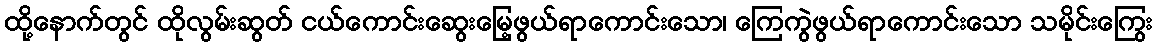
ထို့နောက်တွင် ထိုလွမ်းဆွတ် ငယ်ကောင်းဆွေးမြေ့ဖွယ်ရာကောင်းသော၊ ကြေကွဲဖွယ်ရာကောင်းသော သမိုင်းကြွေး